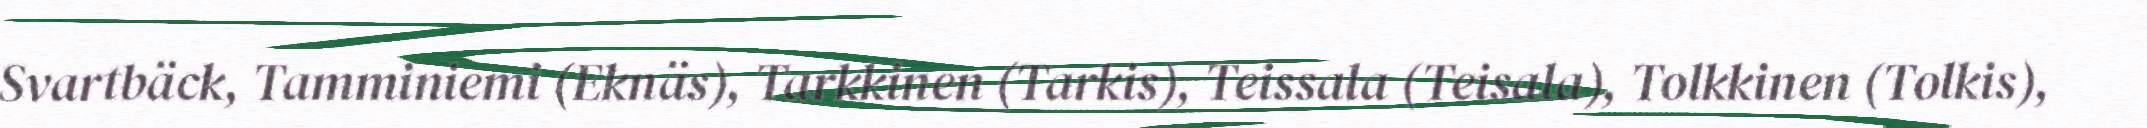
Svartbäck, Tamminiemi (Eknäs), Tarkkinen (Tarkis), Teissala (Teisala), Tolkkinen (Tolkis),